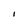
Character: I